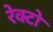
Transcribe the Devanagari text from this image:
रेक्टो